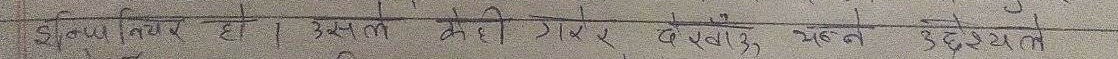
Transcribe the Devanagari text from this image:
सूक्ष्म नियम छ। उत्पन्न मे से ही 1x देखा ३ एक उपदेशम्